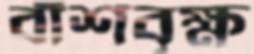
বাঁশবৃক্ষ